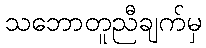
သဘောတူညီချက်မှ